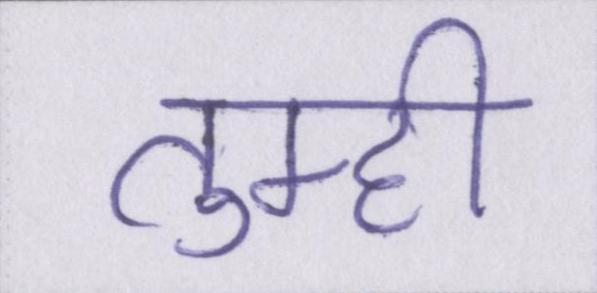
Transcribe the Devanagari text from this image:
तुम्ही